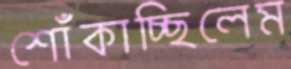
শোঁকাচ্ছিলেম